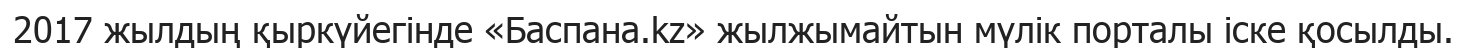
2017 жылдың қыркүйегінде «Баспана.kz» жылжымайтын мүлік порталы іске қосылды.